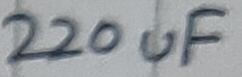
Text: 220uF